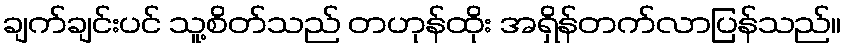
ချက်ချင်းပင် သူ့စိတ်သည် တဟုန်ထိုး အရှိန်တက်လာပြန်သည်။